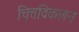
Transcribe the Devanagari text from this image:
चित्तविकलन